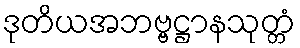
ဒုတိယအဘဗ္ဗဋ္ဌာနသုတ္တံ